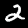
Digit: 2